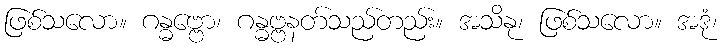
ဖြစ်သလော။ ဂန္ဓဗ္ဗော၊ ဂန္ဓဗ္ဗနတ်သည်တည်း။ အသိနု၊ ဖြစ်သလော။ အဒုံ၊